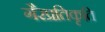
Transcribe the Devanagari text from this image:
गैरप्रतिकृति